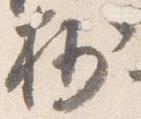
抄